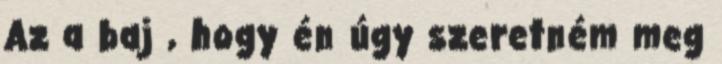
Az a baj , hogy én úgy szeretném meg